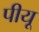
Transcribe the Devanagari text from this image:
पीयू